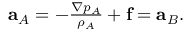
\begin{array} { r } { \mathbf { a } _ { A } = - \frac { \nabla p _ { A } } { \rho _ { A } } + \mathbf { f } = \mathbf { a } _ { B } . } \end{array}